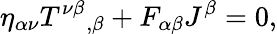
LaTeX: \eta_{\alpha\nu}{T^{\nu\beta}}_{,\beta}+F_{\alpha\beta}J^{\beta}=0,